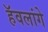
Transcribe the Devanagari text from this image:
हॅवलांगे